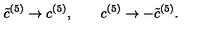
{ \tilde { c } } ^ { ( 5 ) } \rightarrow c ^ { ( 5 ) } , \qquad c ^ { ( 5 ) } \rightarrow - { \tilde { c } } ^ { ( 5 ) } . \,